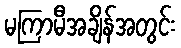
မကြာမီအချိန်အတွင်း